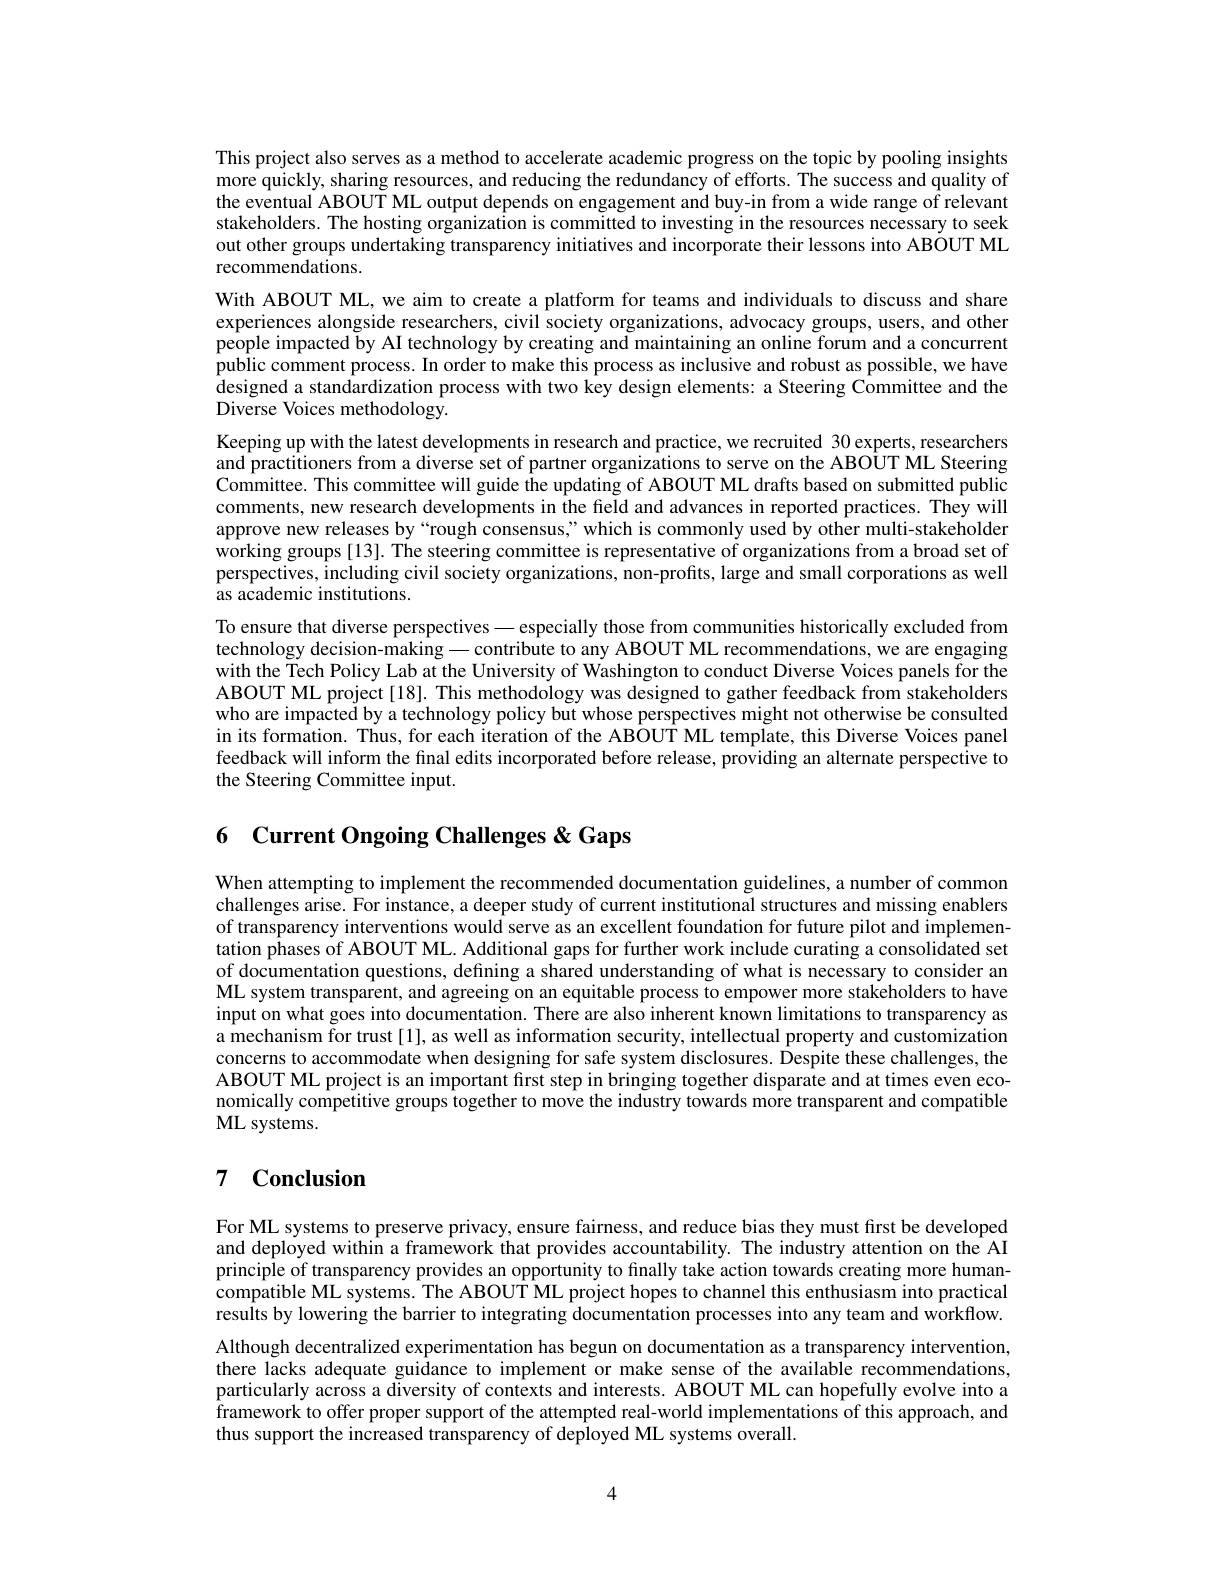
This project also serves as a method to accelerate academic progress on the topic by pooling insights more quickly, sharing resources, and reducing the redundancy of efforts. The success and quality of the eventual ABOUT ML output depends on engagement and buy-in from a wide range of relevant stakeholders. The hosting organization is committed to investing in the resources necessary to seek out other groups undertaking transparency initiatives and incorporate their lessons into ABOUT ML recommendations.
With ABOUT ML, we aim to create a platform for teams and individuals to discuss and share experiences alongside researchers, civil society organizations, advocacy groups, users, and other people impacted by AI technology by creating and maintaining an online forum and a concurrent public comment process. In order to make this process as inclusive and robust as possible, we have designed a standardization process with two key design elements: a Steering Committee and the Diverse Voices methodology.
Keeping up with the latest developments in research and practice, we recruited 30 experts, researchers and practitioners from a diverse set of partner organizations to serve on the ABOUT ML Steering Committee. This committee will guide the updating of ABOUT ML drafts based on submitted public comments, new research developments in the field and advances in reported practices. They will approve new releases by“rough consensus,”which is commonly used by other multi-stakeholder working groups[13]. The steering committee is representative of organizations from a broad set of perspectives, including civil society organizations, non-profits, large and small corporations as well as academic institutions.
To ensure that diverse perspectives——especially those from communities historically excluded from technology decision-making— contribute to any ABOUT ML recommendations, we are engaging with the Tech Policy Lab at the University of Washington to conduct Diverse Voices panels for the ABOUT ML project[18]. This methodology was designed to gather feedback from stakeholders who are impacted by a technology policy but whose perspectives might not otherwise be consulted in its formation. Thus, for each iteration of the ABOUT ML template, this Diverse Voices panel feedback will inform the final edits incorporated before release, providing an alternate perspective to the Steering Committee input.

# 6 Current Ongoing Challenges & Gaps

When attempting to implement the recommended documentation guidelines, a number of common challenges arise. For instance, a deeper study of current institutional structures and missing enablers of transparency interventions would serve as an excellent foundation for future pilot and implementation phases of ABOUT ML. Additional gaps for further work include curating a consolidated set of documentation questions, defining a shared understanding of what is necessary to consider an ML system transparent, and agreeing on an equitable process to empower more stakeholders to have input on what goes into documentation. There are also inherent known limitations to transparency as a mechanism for trust [1], as well as information security, intellectual property and customization concerns to accommodate when designing for safe system disclosures. Despite these challenges, the ABOUT ML project is an important first step in bringing together disparate and at times even economically competitive groups together to move the industry towards more transparent and compatible ML systems.

## 7 $\textbf{Conclusion}$

For ML systems to preserve privacy, ensure fairness, and reduce bias they must first be developed and deployed within a framework that provides accountability. The industry attention on the AI principle of transparency provides an opportunity to finally take action towards creating more humancompatible ML systems. The ABOUT ML project hopes to channel this enthusiasm into practical results by lowering the barrier to integrating documentation processes into any team and workflow. Although decentralized experimentation has begun on documentation as a transparency intervention, there lacks adequate guidance to implement or make sense of the available recommendations, particularly across a diversity of contexts and interests. ABOUT ML can hopefully evolve into a framework to offer proper support of the attempted real-world implementations of this approach, and thus support the increased transparency of deployed ML systems overall.

4